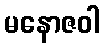
မနောဇဝါ